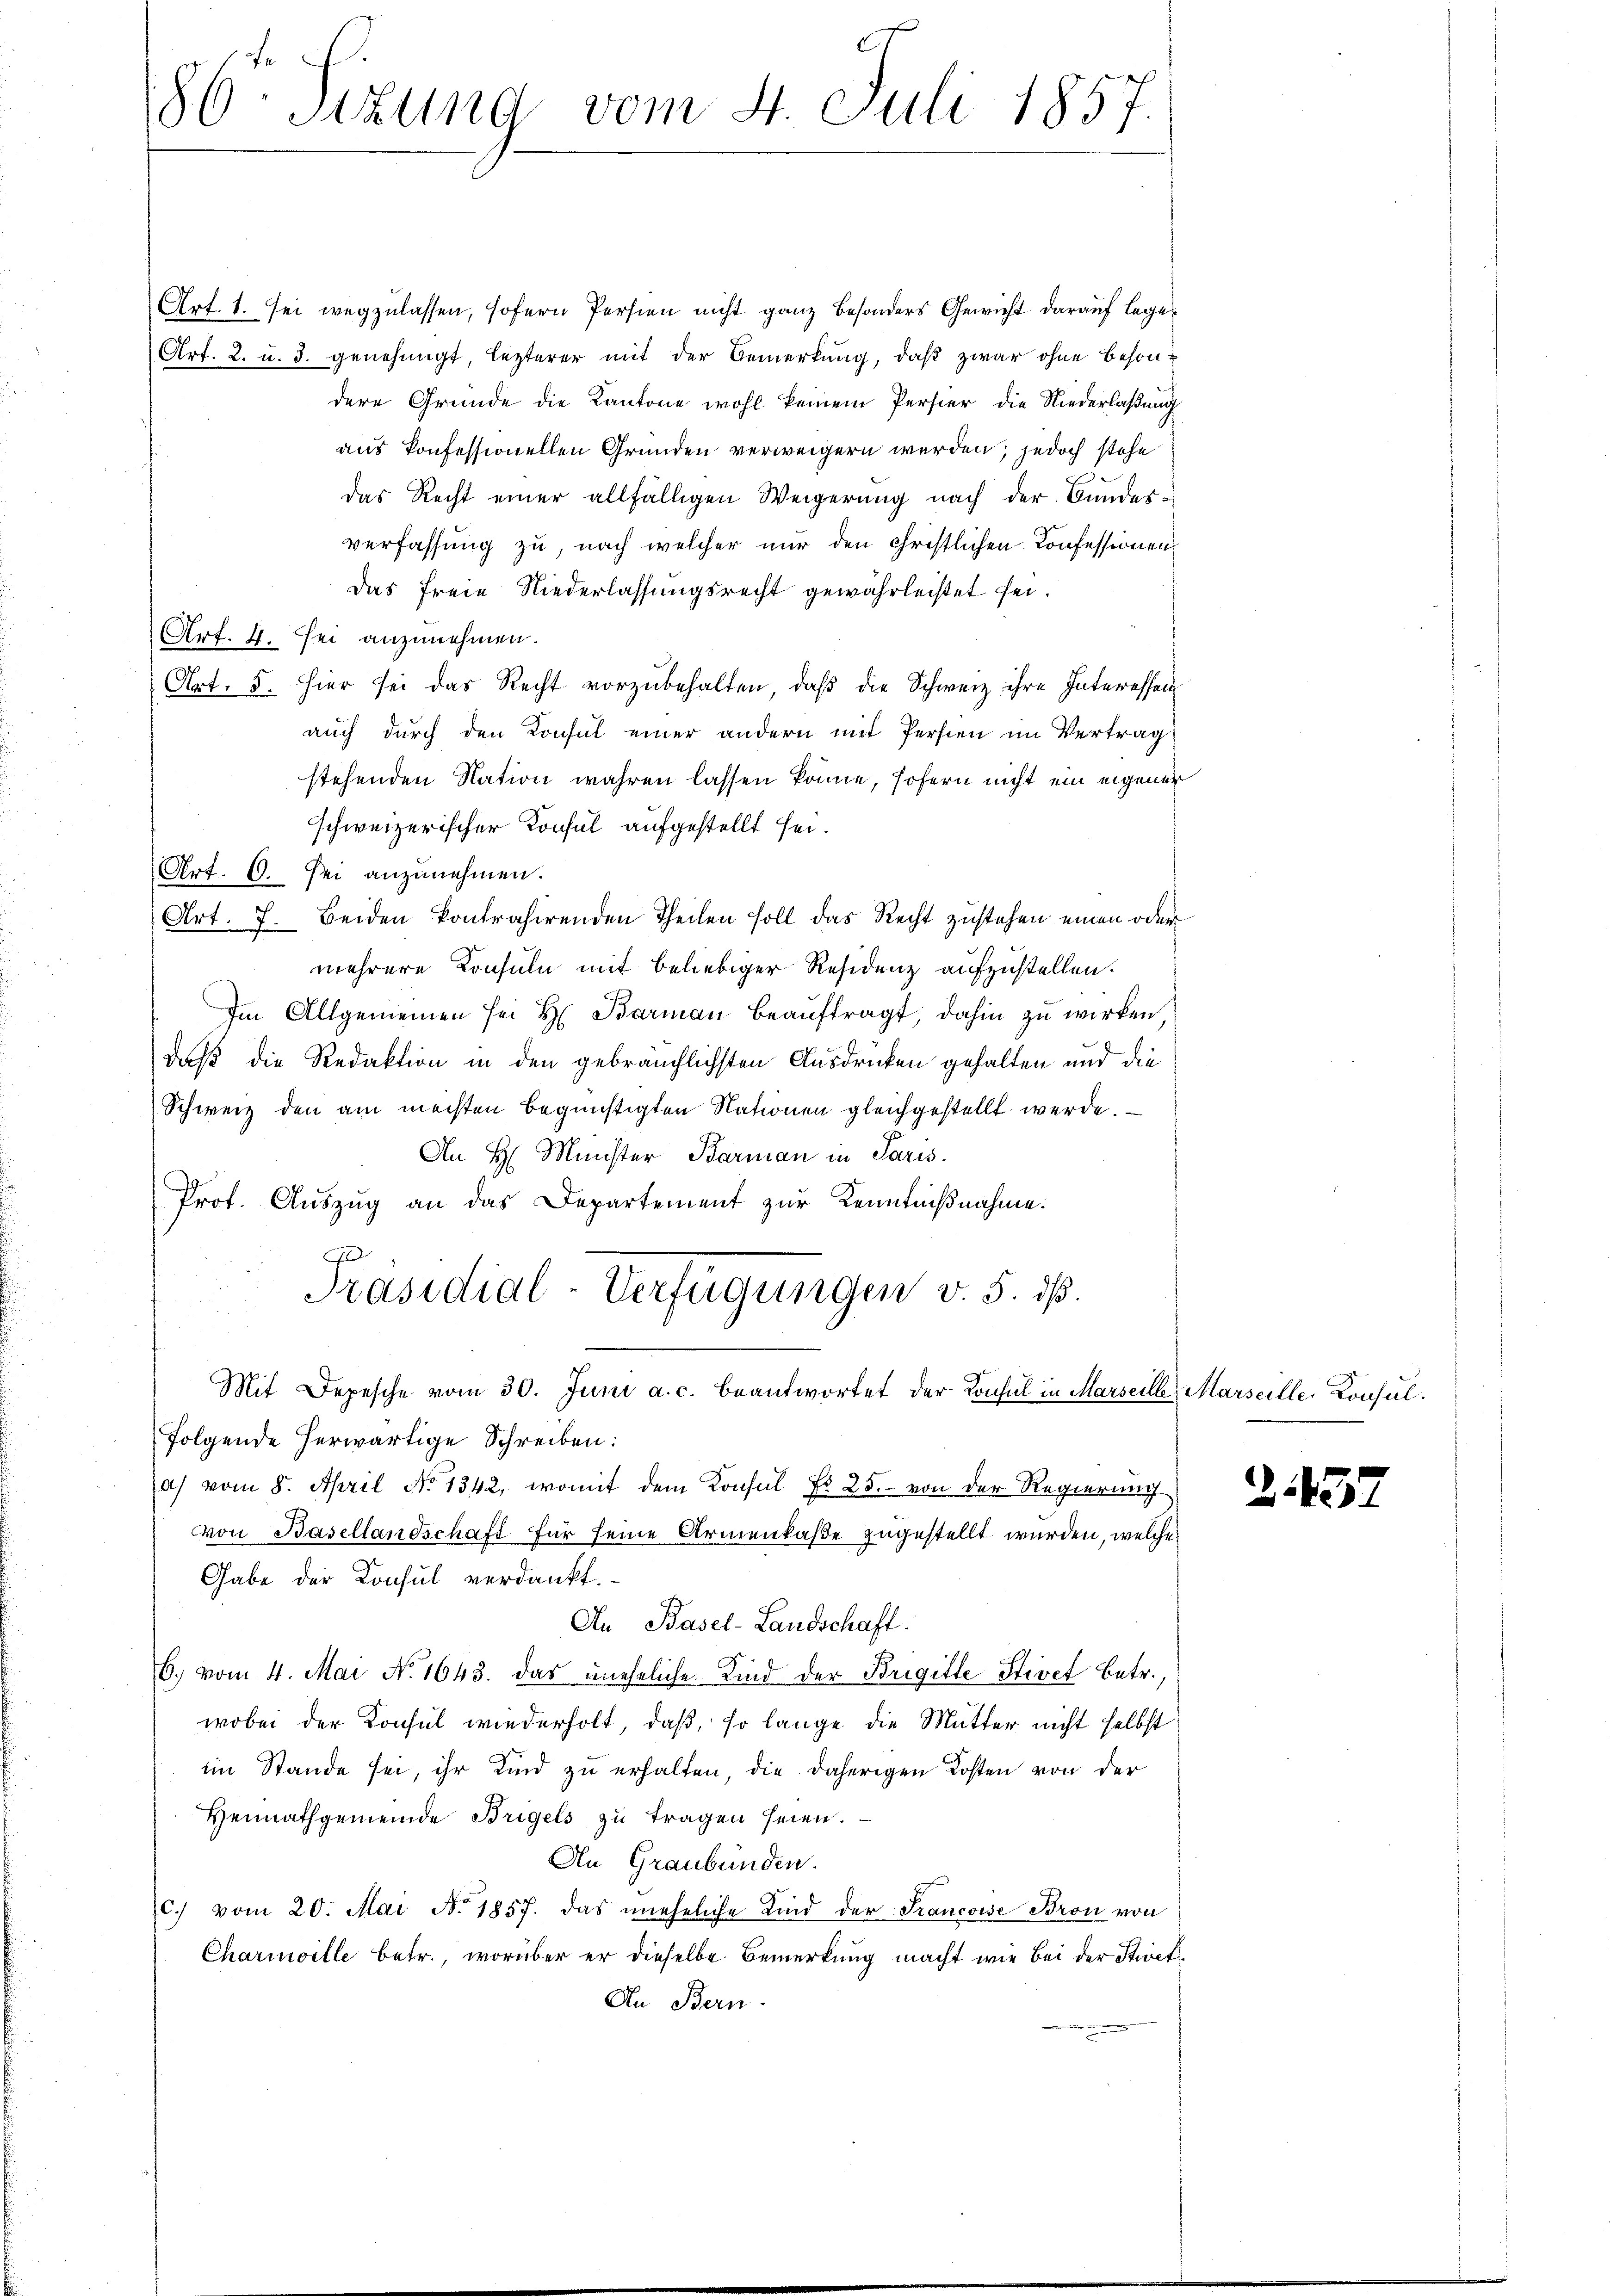
Art. 1. sei wegzulassen, sofern Persien nicht ganz besonders Gewicht darauf lege¬
Art. 2. u. 3. genehmigt, lezterer mit der Bemerkung, daß zwar ohne besondere Gründe die Kantone wohl keinem Persier die Niederlaßung
aus konfessionellen Gründen verweigern werden, jedoch stehe
das Recht einer allfälligen Weigerung nach der Bundesverfassung zu, nach welcher nur den christlichen Confessionen¬
Das freie Niederlassungsrecht gewährleistet sei.
Art. 4. sei anzunehmen.
(Art. 5. Hier sei das Recht vorzŭbehalten, daβ die Schweiz ihre Interessen
auch durch den Konsul einer andern mit Persten im Vertrag
stehenden Nation wahren lassen könne, sofern nicht ein eigener
schweizerischer Konsul aufgestellt sei.
Art. 6. sei anzunehmen.
Art. 7. Beiden kontrahirenden Theilen soll das Recht zustehen einen oder
mehrere Konsuln mit beliebiger Residenz aufzustellen.
Im Allgemeinen sei H. Barman beauftragt, dahin zu wirken,
daß die Redaktion in den gebräuchlichsten Ausdrücken gehalten und die
Schweiz den am meisten begünstigten Nationen gleichgestellt werde.
An H. Münster Barman in Paris.
Prof. Aŭszŭg an das Departement zur Kenntnißnahme.
g
Präsidial-Verfügungen v. 5. dß.
Mit Depesche vom 30. Juni a. c. beantwortet der Konsul in Marseille, Marseille Konsulfolgende herwärtige Schreiben:
a) vom 8. April No 1342, womit dem Konsul No 25. von der Regierung
von Basellandschaft für seine Armenkaße zugestellt wurden, welche
Gabe der Konsul verdankt.
An Basel-Landschaft.
6. vom 4. Mai No 1643. das uneheliche Kind der Brigille Stivet betr.,
wobei der Konsul wiederholt, daß, so lange die Mutter nicht selbst
im Stande sei, ihr Kind zu erhalten, die daherigen Kosten von der
Heimathgemeinde Bregels zu tragen seien.
An Graubünden.
c. vom 20. Mai No 1857. das uneheliche Kind der Francoise Bron von
Charmoille betr., worüber er dieselbe Bemerkung macht wie bei der Stiret
An Bern.

s
50 sizung vom 4. Juli 1857.

243.